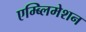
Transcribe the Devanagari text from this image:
एम्ब्लिमेशन